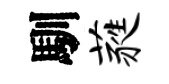
馴蕤